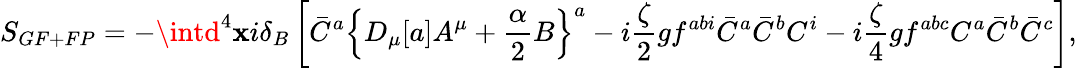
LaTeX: S_{GF+FP}=-\intd^{4}\mathbf{x}i\delta_{B}\left[\bar{{C}}^{a}\left\{ D_{\mu}[a]A^{\mu}+{\frac{{\alpha}}{{2}}}B\right\} ^{a}-i{\frac{{\zeta}}{{2}}}gf^{abi}\bar{{C}}^{a}\bar{{C}}^{b}C^{i}-i{\frac{{\zeta}}{{4}}}gf^{abc}C^{a}\bar{{C}}^{b}\bar{{C}}^{c}\right],